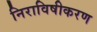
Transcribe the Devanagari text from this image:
निराविषीकरण